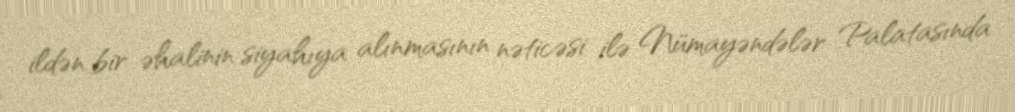
ildən bir əhalinin siyahıya alınmasının nəticəsi ilə Nümayəndələr Palatasında